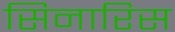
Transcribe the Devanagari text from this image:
सिनारिस